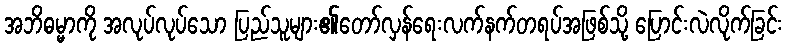
အဘိဓမ္မာကို အလုပ်လုပ်သော ပြည်သူများ၏တော်လှန်ရေးလက်နက်တရပ်အဖြစ်သို့ ပြောင်းလဲလိုက်ခြင်း